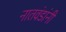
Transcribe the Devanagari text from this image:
नातवंडांनी